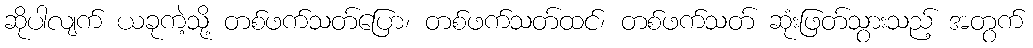
ဆိုပါလျက် ယခုကဲ့သို့ တစ်ဖက်သတ်ပြော၊ တစ်ဖက်သတ်ထင်၊ တစ်ဖက်သတ် ဆုံးဖြတ်သွားသည့် အတွက်